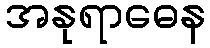
အနုရာဓေန